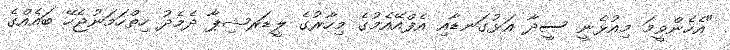
"އެހެންވީމަ މިއުޅެނީ ސީދާ އަޅުގަނޑާއި އެފްއޭއެމުގެ މިހާރުގެ ލީޑަރޝިޕާ ދެމެދު ހިތްހަމަނުޖެހޭ ބައެއްގެ